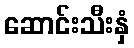
ဆောင်းသီးနှံ